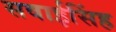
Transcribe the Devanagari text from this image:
सवाईसिंह